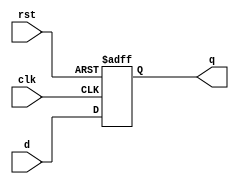
module D_Asynch(d,clk,rst,q);
input wire rst,clk;
input wire [2:0] d;
output reg [2:0] q;
//output wire [2:0] qbar;

always @(posedge clk or posedge rst) begin
	if (rst)
		q<=0;
	else begin
		q <= d;
	end
end
//assign qbar = ~q;
endmodule